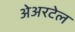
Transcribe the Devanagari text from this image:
अेअरटेल